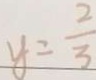
y = \frac { 2 } { 3 }